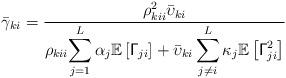
LaTeX: \begin{align*}\bar{\gamma}_{ki}=\frac{\rho_{kii}^{2}\bar{\upsilon}_{ki}}{\rho_{kii}{\displaystyle \sum_{j=1}^{L}\alpha_{j}\mathbb{E}\left[\mathsf{\Gamma}_{ji}\right]+\bar{\upsilon}_{ki}\sum_{j\neq i}^{L}\kappa_{j}\mathbb{E}\left[\mathsf{\Gamma}_{ji}^{2}\right]}}\end{align*}